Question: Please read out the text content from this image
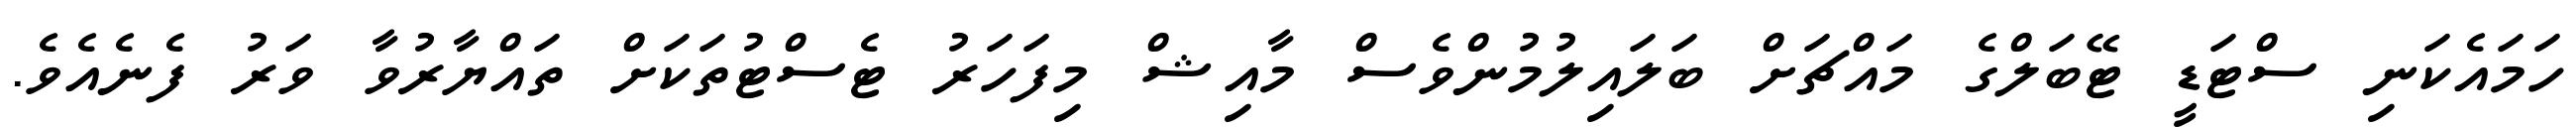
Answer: ހަމައެކަނި ސްޓަޑީ ޓޭބަލްގެ މައްޗަށް ބަލައިލުމުންވެސް މާއިޝް މިފަހަރު ޓެސްޓުތަކަށް ތައްޔާރުވާ ވަރު ފެނެއެވެ.